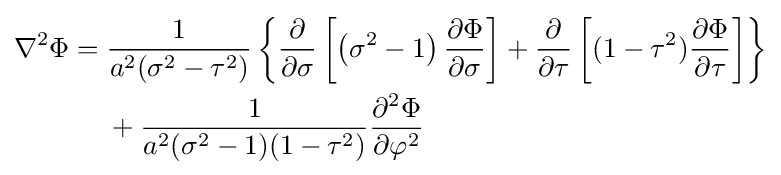
{\begin{aligned}\nabla ^{2}\Phi ={}&{\frac {1}{a^{2}(\sigma ^{2}-\tau ^{2})}}\left\{{\frac {\partial }{\partial \sigma }}\left[\left(\sigma ^{2}-1\right){\frac {\partial \Phi }{\partial \sigma }}\right]+{\frac {\partial }{\partial \tau }}\left[(1-\tau ^{2}){\frac {\partial \Phi }{\partial \tau }}\right]\right\}\\&{}+{\frac {1}{a^{2}(\sigma ^{2}-1)(1-\tau ^{2})}}{\frac {\partial ^{2}\Phi }{\partial \varphi ^{2}}}\end{aligned}}